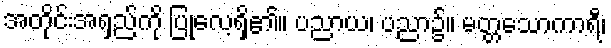
အတိုင်းအရှည်ကို ပြုလေ့ရှိ၏။ ပညာယ၊ ပညာ၌။ မတ္တသောကာရီ၊